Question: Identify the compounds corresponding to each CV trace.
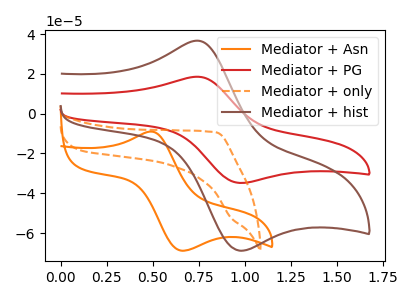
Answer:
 <answer>The orange curve is labeled "Mediator + Asn". The red curve is labeled "Mediator + PG". The orange dashed curve is labeled "Mediator + only". The brown curve is labeled "Mediator + hist".</answer>
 <eval></eval>